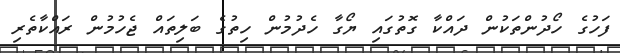
ފަހުގެ ހޯދުންތަކުން ދައްކާ ގޮތުގައި ޔޯގާ ހެދުމުން ހިތުގެ ބަލިތައް ޖެހުމުން ރައްކާތެރި